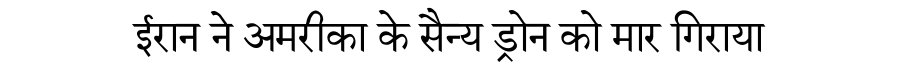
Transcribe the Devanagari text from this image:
ईरान ने अमरीका के सैन्य ड्रोन को मार गिराया